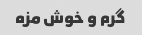
گرم و خوش مزه